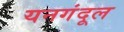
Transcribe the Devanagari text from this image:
यनगंदूल